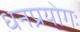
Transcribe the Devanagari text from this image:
धनप्रयोगः